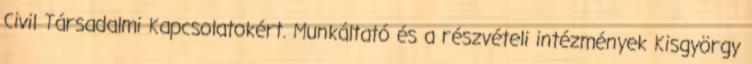
Civil Társadalmi Kapcsolatokért. Munkáltató és a részvételi intézmények Kisgyörgy